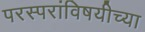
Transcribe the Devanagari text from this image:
परस्परांविषयीच्या